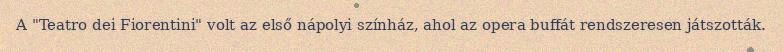
A "Teatro dei Fiorentini" volt az első nápolyi színház, ahol az opera buffát rendszeresen játszották.